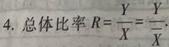
4. 总体比率 $R = \frac{Y}{X} = \frac{\frac{Y}{n}}{\frac{X}{n}}$